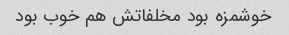
خوشمزه بود مخلفاتش هم خوب بود